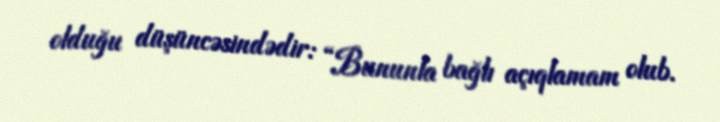
olduğu düşüncəsindədir: “Bununla bağlı açıqlamam olub.